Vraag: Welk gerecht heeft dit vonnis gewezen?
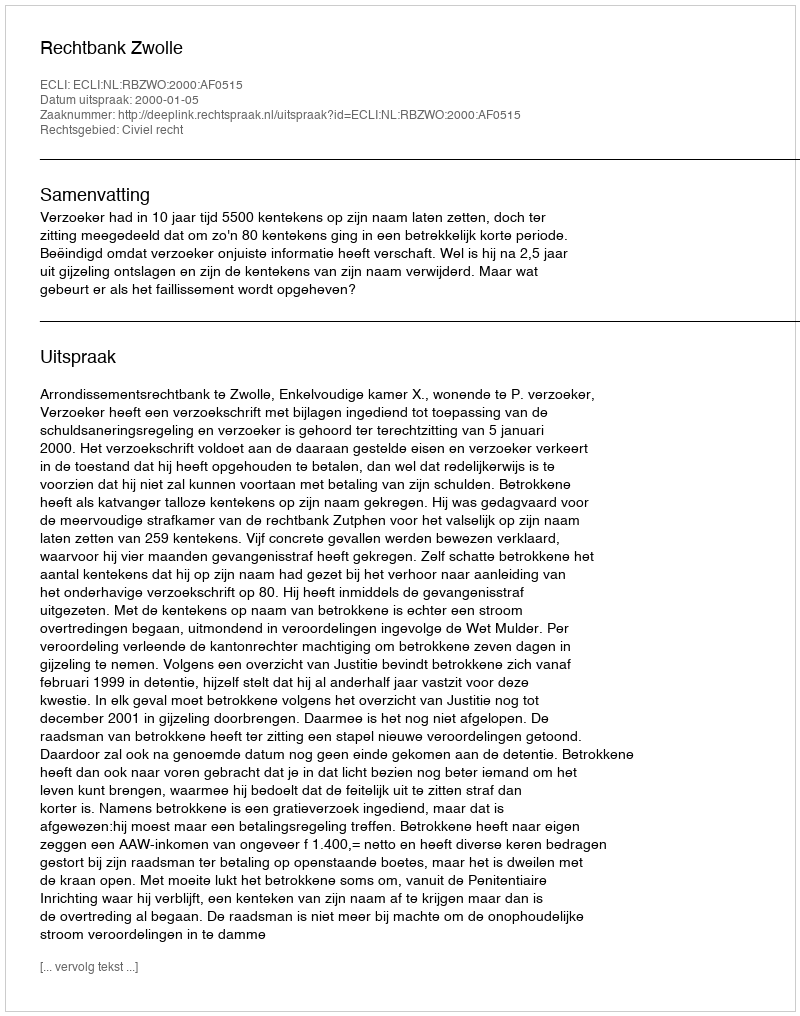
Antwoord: Rechtbank Zwolle